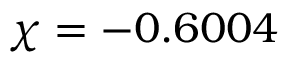
\chi = - 0 . 6 0 0 4